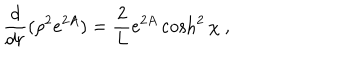
\frac { d } { d r } ( \rho ^ { 2 } e ^ { 2 A } ) = \frac { 2 } { L } e ^ { 2 A } \cosh ^ { 2 } \chi \ ,